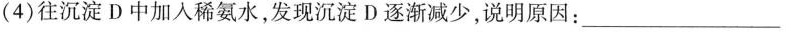
(4)往沉淀D中加入稀氨水，发现沉淀D逐渐减少，说明原因：___。